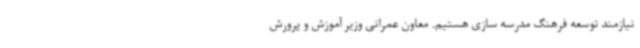
نیازمند توسعه فرهنگ مدرسه سازی هستیم. معاون عمرانی وزیر آموزش و پرورش